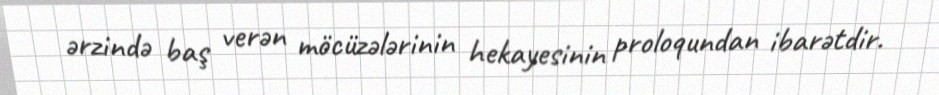
ərzində baş verən möcüzələrinin hekayesinin proloqundan ibarətdir.